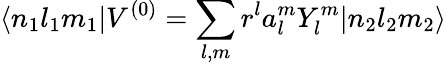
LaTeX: \langle n_{1}l_{1}m_{1}|V^{(0)}=\sum_{l,m}r^{l}a_{l}^{m}Y_{l}^{m}|n_{2}l_{2}m_{2}\rangle